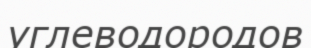
углеводородов